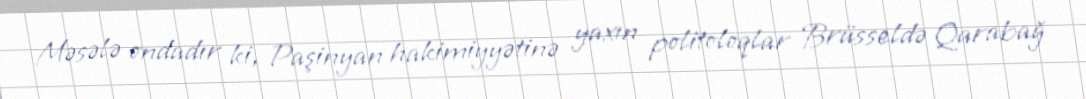
Məsələ ondadır ki, Paşinyan hakimiyyətinə yaxın politoloqlar Brüsseldə Qarabağ